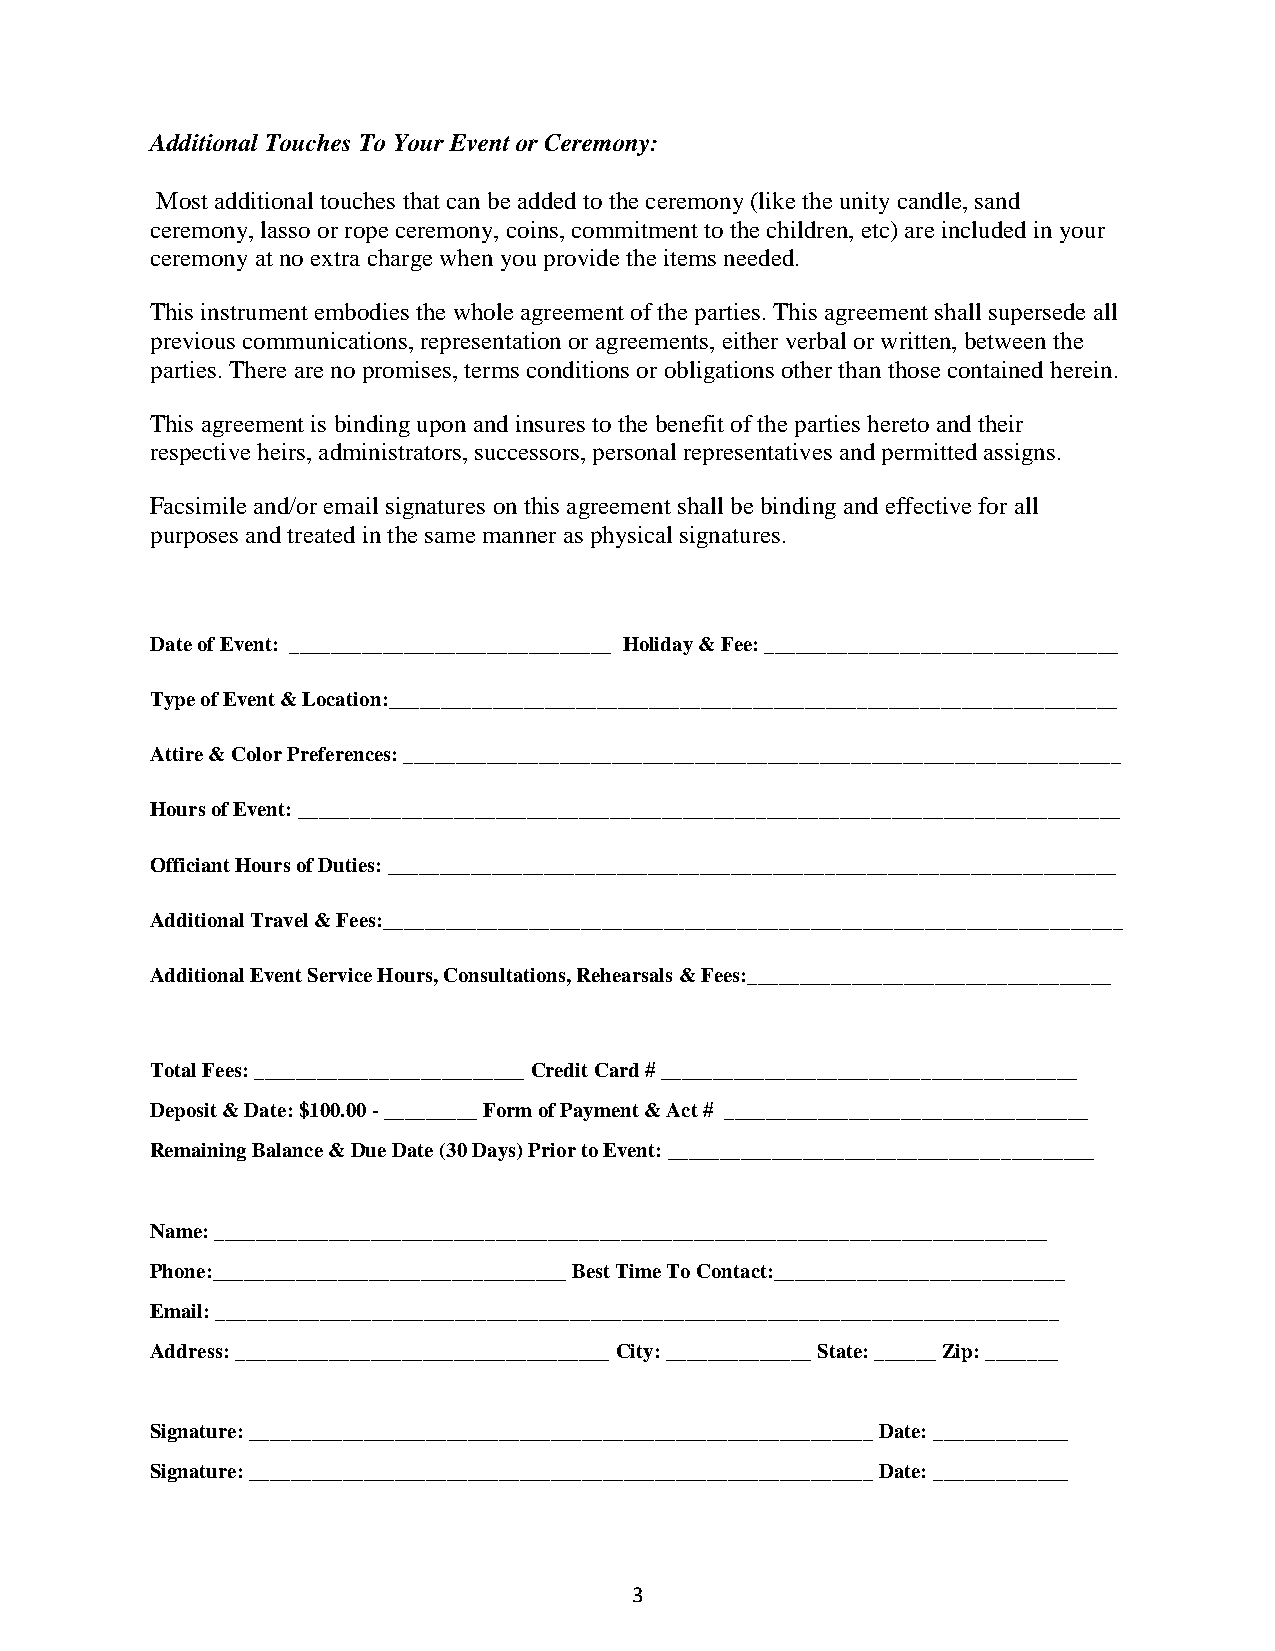
Additional Touches To Your Event or Ceremony:
 Most additional touches that can be added to the ceremony (like the unity candle, sand
 ceremony, lasso or rope ceremony, coins, commitment to the children, etc) are included in your
 ceremony at no extra charge when you provide the items needed.
 This instrument embodies the whole agreement of the parties. This agreement shall supersede all
 previous communications, representation or agreements, either verbal or written, between the
 parties. There are no promises, terms conditions or obligations other than those contained herein.
 This agreement is binding upon and insures to the benefit of the parties hereto and their
 respective heirs, administrators, successors, personal representatives and permitted assigns.
 Facsimile and/or email signatures on this agreement shall be binding and effective for all
 purposes and treated in the same manner as physical signatures.
 Date of Event: _______________________________ Holiday & Fee: __________________________________
 Type of Event & Location:______________________________________________________________________
 Attire & Color Preferences: _____________________________________________________________________
 Hours of Event: _______________________________________________________________________________
 Officiant Hours of Duties: ______________________________________________________________________
 Additional Travel & Fees:_______________________________________________________________________
 Additional Event Service Hours, Consultations, Rehearsals & Fees:___________________________________
 Total Fees: __________________________ Credit Card # ________________________________________
 Deposit & Date: $100.00 - _________ Form of Payment & Act # ___________________________________
 Remaining Balance & Due Date (30 Days) Prior to Event: _________________________________________
 Name: ________________________________________________________________________________
 Phone:__________________________________ Best Time To Contact:____________________________
 Email: _________________________________________________________________________________
 Address: ____________________________________ City: ______________ State: ______ Zip: _______
 Signature: ____________________________________________________________ Date: _____________
 Signature: ____________________________________________________________ Date: _____________
 3